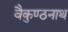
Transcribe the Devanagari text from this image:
वैकुण्ठनाथ